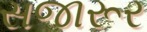
સજારૂર